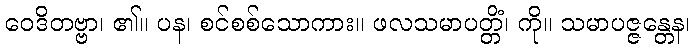
ဝေဒိတဗ္ဗာ၊ ၏။ ပန၊ စင်စစ်သောကား။ ဖလသမာပတ္တိံ၊ ကို။ သမာပဇ္ဇန္တေန၊